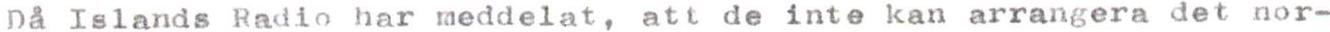
Då Islands Radio har meddelat, att de inte kan arrangera det nor-